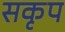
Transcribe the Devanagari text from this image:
सकृप